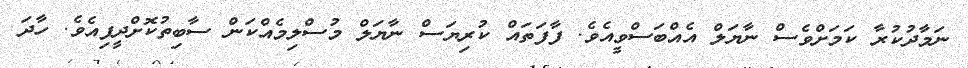
ނަމާދުކުރާ ކަމަށްވެސް ނާޔަލް އެއްބަސްވީއެވެ. ފާފަތައް ކުރިޔަސް ނާޔަލް މުސްލިމެއްކަން ސާބިތުކޮށްދީފިއެވެ. ހާދަ